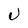
Character: U